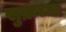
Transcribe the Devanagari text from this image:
सुक्रच्या